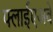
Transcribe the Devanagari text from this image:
फ्लाईएअवे